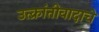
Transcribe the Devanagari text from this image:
उत्क्रांतीवादाचे